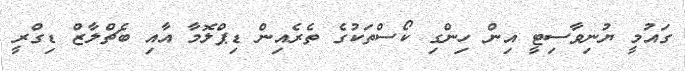
ގައުމީ ޔުނިވާސިޓީ އިން ހިންގި ކޯސްތަކުގެ ތެރެއިން ޑިޕްލޮމާ އާއި ބެޗްލާޒް ޑިގްރީ